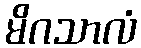
မိဂသာလံ